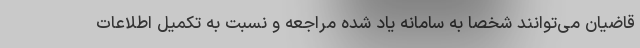
قاضیان می‌توانند شخصا به سامانه یاد شده مراجعه و نسبت به تکمیل اطلاعات